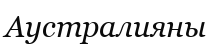
Аустралияны